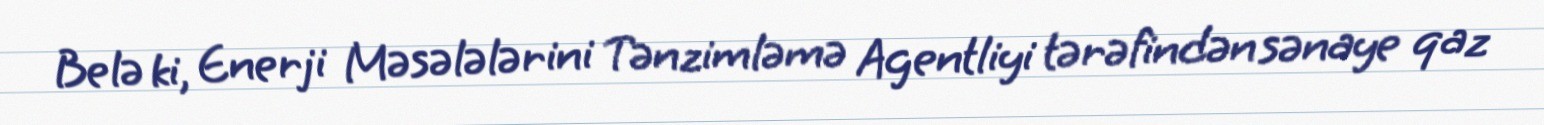
Belə ki, Enerji Məsələlərini Tənzimləmə Agentliyi tərəfindən sənaye qaz